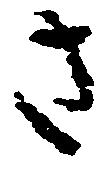
さ